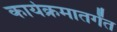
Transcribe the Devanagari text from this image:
कार्यक्रमातर्गंत